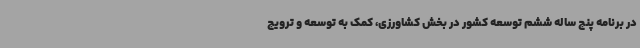
در برنامه پنج ساله ششم توسعه کشور در بخش کشاورزی، کمک به توسعه و ترویج